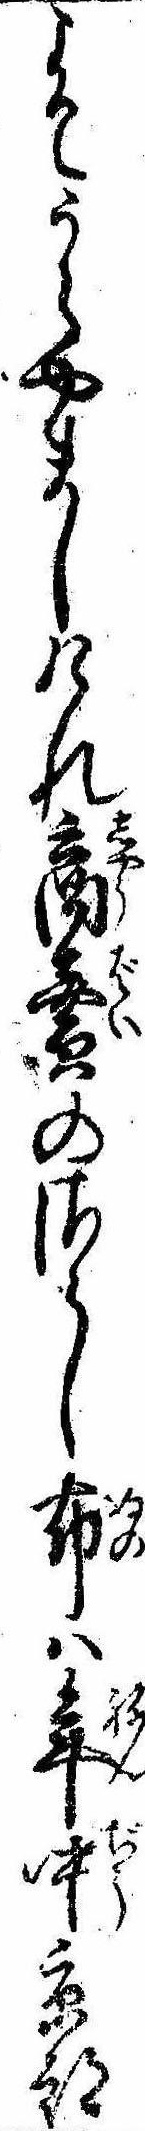
こそうらやましけれ商売のさらし布は年中京都